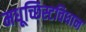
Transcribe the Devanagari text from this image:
मधूच्छिस्टविधान